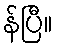
န်ပြီ။